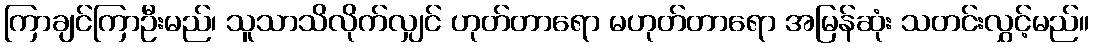
ကြာချင်ကြာဦးမည်၊ သူသာသိလိုက်လျှင် ဟုတ်တာရော မဟုတ်တာရော အမြန်ဆုံး သတင်းလွှင့်မည်။